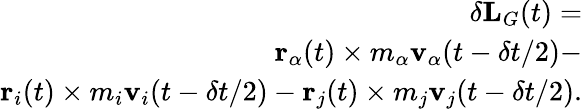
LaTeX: \begin{array}{r}{\delta\textbf{L}_{G}(t)=}\\ {\textbf{r}_{\alpha}(t)\times m_{\alpha}\textbf{v}_{\alpha}(t-\delta t/2)-}\\ {\textbf{r}_{i}(t)\times m_{i}\textbf{v}_{i}(t-\delta t/2)-\textbf{r}_{j}(t)\times m_{j}\textbf{v}_{j}(t-\delta t/2).}\end{array}